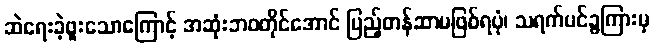
ဆဲရေးခဲ့ဖူးသောကြောင့် အဆုံးဘဝတိုင်အောင် ပြည့်တန်ဆာမဖြစ်ရပုံ၊ သရက်ပင်ခွကြားမှ